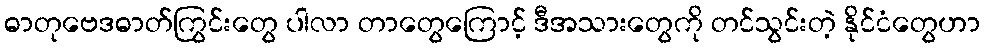
ဓာတုဗေဒဓာတ်ကြွင်းတွေ ပါလာ တာတွေကြောင့် ဒီအသားတွေကို တင်သွင်းတဲ့ နိုင်ငံတွေဟာ